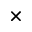
\times